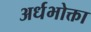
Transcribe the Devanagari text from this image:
अर्धभोक्ता